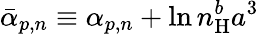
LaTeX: \bar{\alpha}_{p,n}\equiv\alpha_{p,n}+\ln n_{\mathrm{H}}^{b}a^{3}